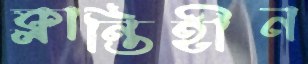
ক্লান্তিহীন